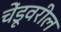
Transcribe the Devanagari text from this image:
चेंडूवरील